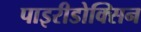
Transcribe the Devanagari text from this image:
पाइरीडोक्सिन